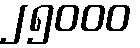
၂၅၀၀၀